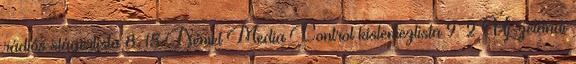
rádiós slágerlista 8 15 Német Media Control kislemezlista 9 2 Új-zélandi